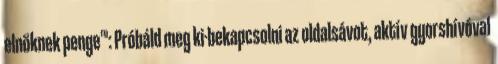
elnöknek penge™: Próbáld meg ki-bekapcsolni az oldalsávot, aktív gyorshívóval